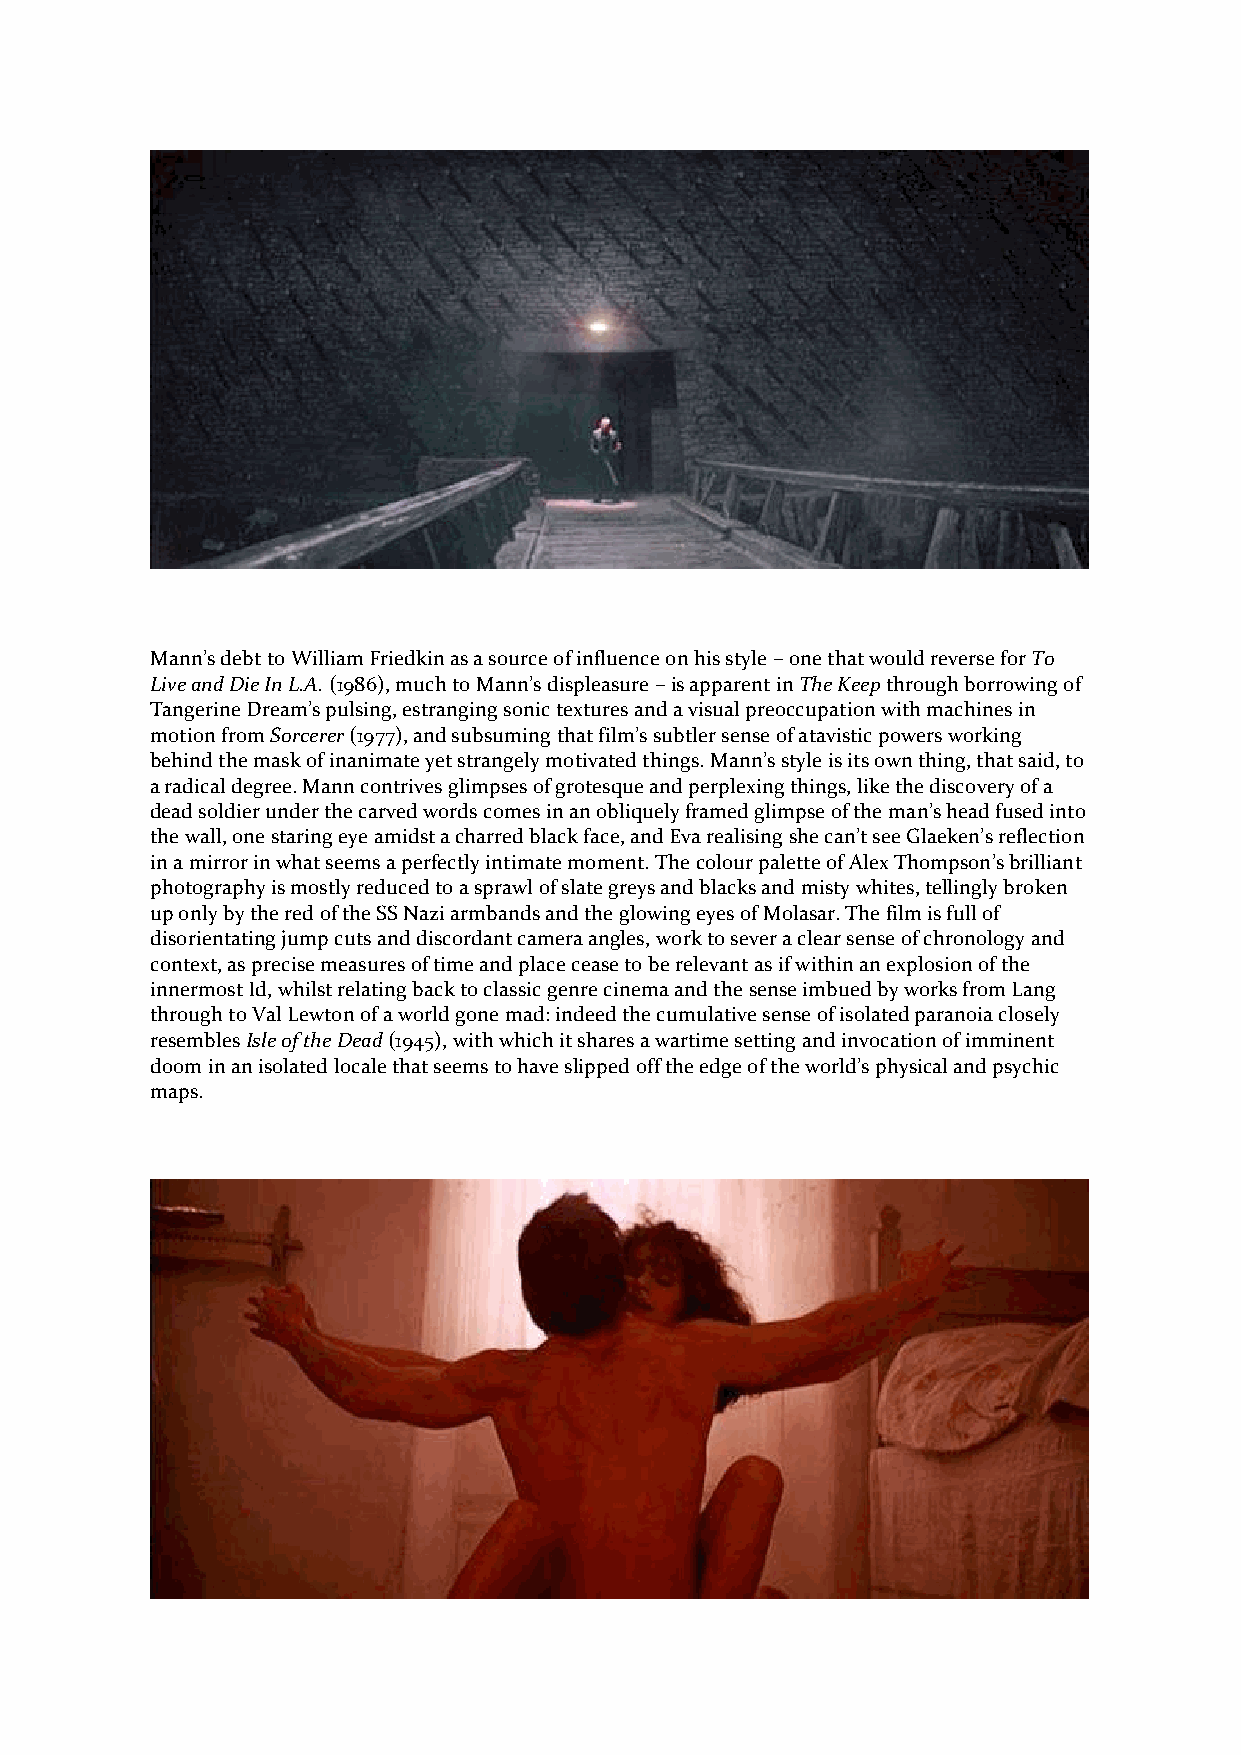
Mann’s debt to William Friedkin as a source of influence on his style – one that would reverse for To
 Live and Die In L.A. (1986), much to Mann’s displeasure – is apparent in The Keep through borrowing of
 Tangerine Dream’s pulsing, estranging sonic textures and a visual preoccupation with machines in
 motion from Sorcerer (1977), and subsuming that film’s subtler sense of atavistic powers working
 behind the mask of inanimate yet strangely motivated things. Mann’s style is its own thing, that said, to
 a radical degree. Mann contrives glimpses of grotesque and perplexing things, like the discovery of a
 dead soldier under the carved words comes in an obliquely framed glimpse of the man’s head fused into
 the wall, one staring eye amidst a charred black face, and Eva realising she can’t see Glaeken’s reflection
 in a mirror in what seems a perfectly intimate moment. The colour palette of Alex Thompson’s brilliant
 photography is mostly reduced to a sprawl of slate greys and blacks and misty whites, tellingly broken
 up only by the red of the SS Nazi armbands and the glowing eyes of Molasar. The film is full of
 disorientating jump cuts and discordant camera angles, work to sever a clear sense of chronology and
 context, as precise measures of time and place cease to be relevant as if within an explosion of the
 innermost Id, whilst relating back to classic genre cinema and the sense imbued by works from Lang
 through to Val Lewton of a world gone mad: indeed the cumulative sense of isolated paranoia closely
 resembles Isle of the Dead (1945), with which it shares a wartime setting and invocation of imminent
 doom in an isolated locale that seems to have slipped off the edge of the world’s physical and psychic
 maps.